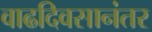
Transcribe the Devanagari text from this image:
वाढदिवसानंतर